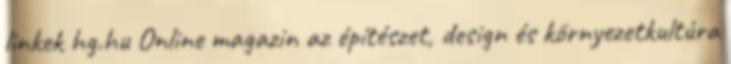
linkek hg.hu Online magazin az építészet, design és környezetkultúra